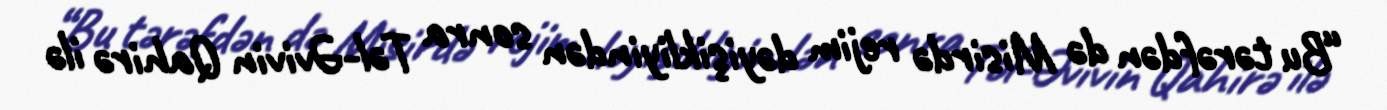
“Bu tərəfdən də Misirdə rejim dəyişikliyindən sonra Təl-Əvivin Qahirə ilə